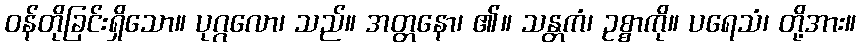
ဝန်တိုခြင်းရှိသော။ ပုဂ္ဂလော၊ သည်။ အတ္တနော၊ ၏။ သန္တကံ၊ ဥစ္စာကို။ ပရေသံ၊ တို့အား။